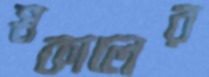
স্বকালের